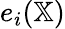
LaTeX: e_{i}(\mathbb{X})